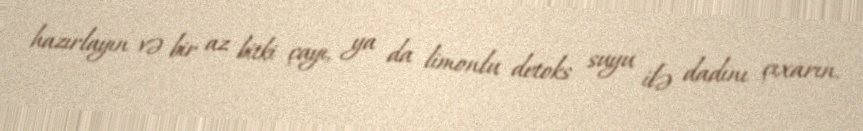
hazırlayın və bir az bitki çayı, ya da limonlu detoks suyu ilə dadını çıxarın.